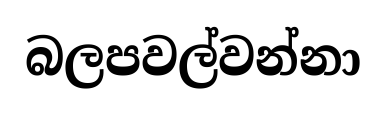
බලපවල්වන්නා